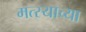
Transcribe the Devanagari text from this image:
मत्स्याच्या